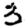
Digit: 3